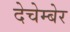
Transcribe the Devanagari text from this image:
देचेम्बेर